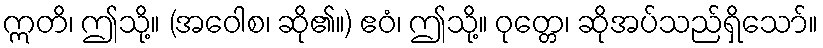
ဣတိ၊ ဤသို့။ (အဝေါစ၊ ဆို၏။) ဧဝံ၊ ဤသို့။ ဝုတ္တေ၊ ဆိုအပ်သည်ရှိသော်။